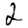
Digit: 2